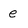
Character: e